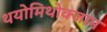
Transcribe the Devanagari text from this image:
थयोमिथोक्‍जाम